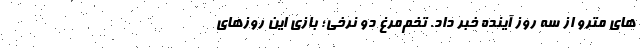
های مترو از سه روز آینده خبر داد. تخم‌مرغ دو نرخی؛ بازی این روزهای